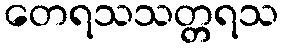
တေရသသတ္တရသ